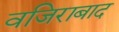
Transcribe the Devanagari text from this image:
वजिराबाद